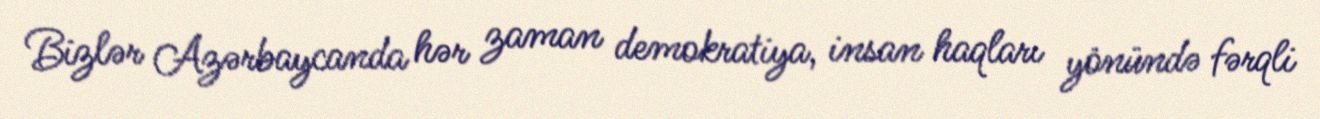
Bizlər Azərbaycanda hər zaman demokratiya, insan haqları yönündə fərqli